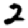
Digit: 2